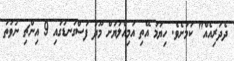
ދެދަރިއެއް" ކަމަށެވެ. ހިޔަމަ އޭތި އަމިއްލަޔަށް މޫދު ފަސްގަނޑުގައި 9 އިންޗި ނުވަތަ